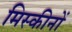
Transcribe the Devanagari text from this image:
मिस्कीनों